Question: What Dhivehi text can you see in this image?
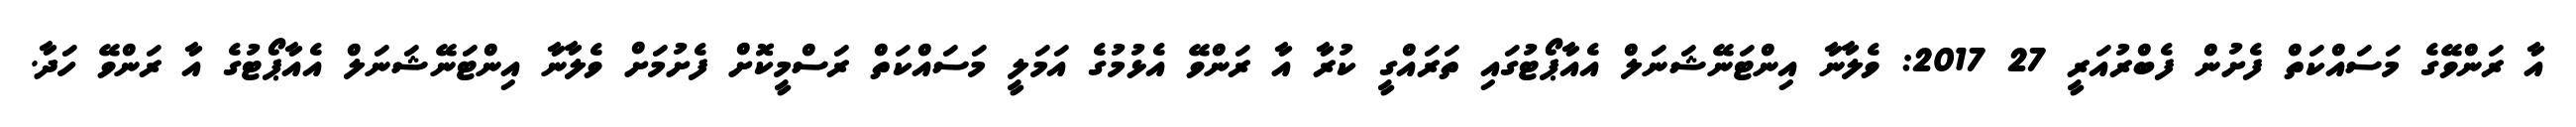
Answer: އާ ރަންވޭގެ މަސައްކަތް ފެށުން ފެބްރުއަރީ 27 2017: ވެލާނާ އިންޓަނޭޝަނަލް އެއާޕޯޓުގައި ތަރައްގީ ކުރާ އާ ރަންވޭ އެޅުމުގެ އަމަލީ މަސައްކަތް ރަސްމީކޮށް ފެށުމަށް ވެލާނާ އިންޓަނޭޝަނަލް އެއާޕޯޓުގެ އާ ރަންވޭ ހަދާ.